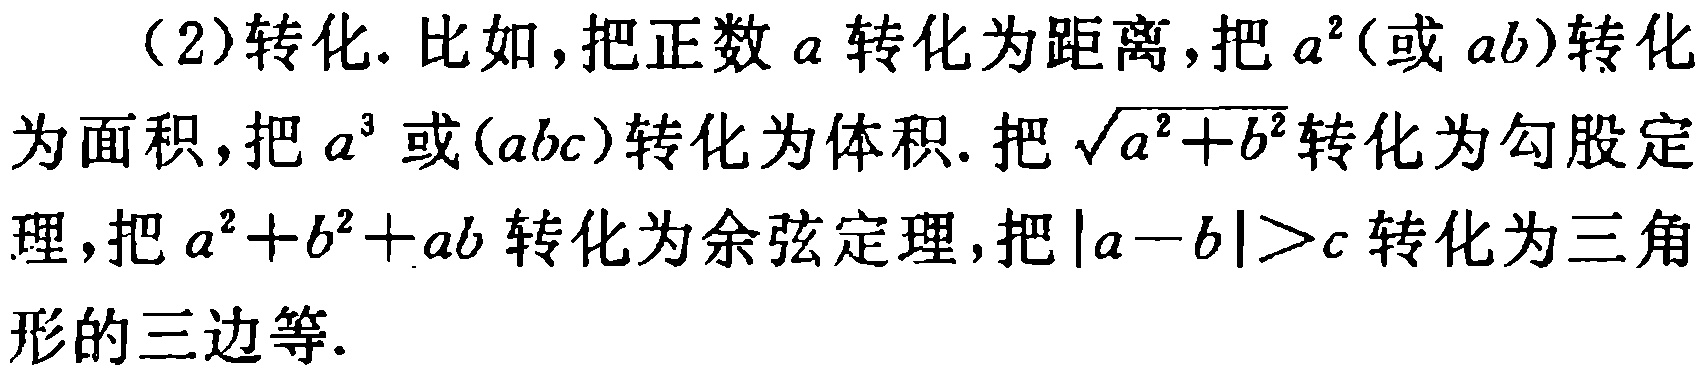
（2）转化. 比如，把正数\(a\)转化为距离，把\(a^{2}\)（或\(ab\)）转化为面积，把\(a^{3}\)或\((abc)\)转化为体积. 把\(\sqrt{a^{2}+b^{2}}\)转化为勾股定理，把\(a^{2}+b^{2}+ab\)转化为余弦定理，把\(\vert a - b\vert>c\)转化为三角形的三边等.